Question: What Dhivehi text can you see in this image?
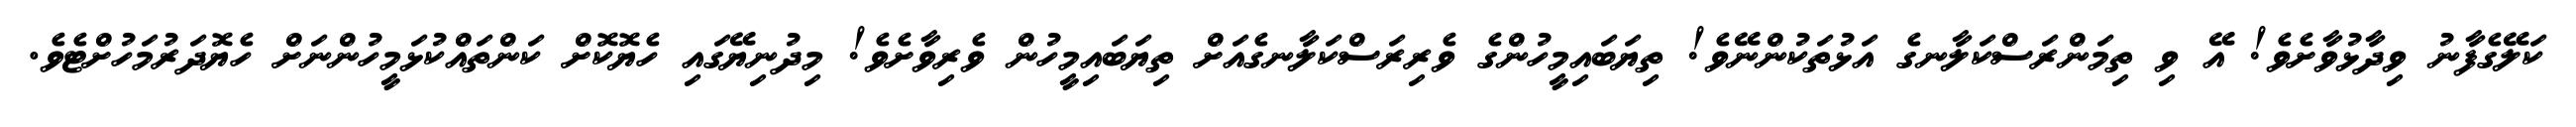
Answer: ކަލޭގެފާނު ވިދާޅުވާށެވެ! އޭ ވި ތިމަންރަސްކަލާނގެ އަޅުތަކުންނޭވެ! ތިޔަބައިމީހުންގެ ވެރިރަސްކަލާނގެއަށް ތިޔަބައިމީހުން ވެރިވާށެވެ! މިދުނިޔޭގައި ހެޔޮކޮށް ކަންތައްކުޅަމީހުންނަށް ހެޔޮދަރުމަހުށްޓެވެ.